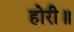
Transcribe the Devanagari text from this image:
होरी॥